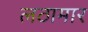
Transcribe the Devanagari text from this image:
लठामार